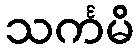
သင်္ကမိ